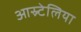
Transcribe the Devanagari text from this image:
आस्र्टेलिया